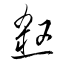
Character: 殺